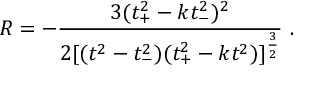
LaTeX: R = - \frac { 3 ( t _ { + } ^ { 2 } - k t _ { - } ^ { 2 } ) ^ { 2 } } { 2 [ ( t ^ { 2 } - t _ { - } ^ { 2 } ) ( t _ { + } ^ { 2 } - k t ^ { 2 } ) ] ^ { \frac { 3 } { 2 } } } \ .